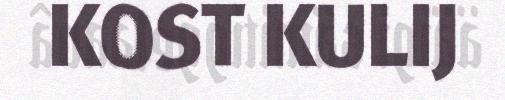
KOST KULIJ